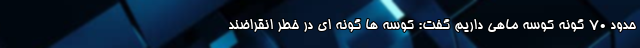
حدود ۷۰ گونه کوسه ماهی داریم گفت: کوسه ها گونه ای در خطر انقراضند